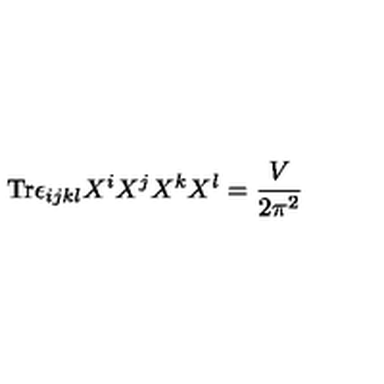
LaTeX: \mathrm { T r } \epsilon _ { i j k l } X ^ { i } X ^ { j } X ^ { k } X ^ { l } = \frac { V } { 2 \pi ^ { 2 } }